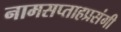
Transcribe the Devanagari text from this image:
नामसप्ताहप्रसंगी